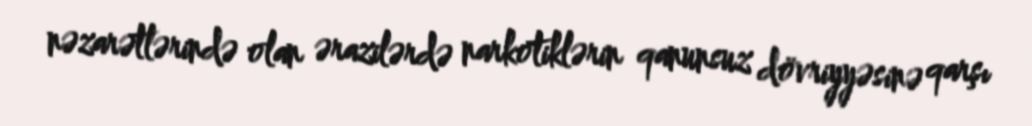
nəzarətlərində olan ərazilərdə narkotiklərin qanunsuz dövriyyəsinə qarşı